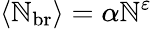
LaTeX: \langle\mathbb{N}_{\mathrm{{br}}}\rangle=\alpha\mathbb{N}^{\varepsilon}